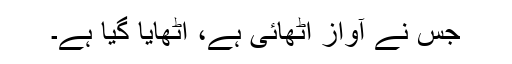
جس نے آواز اُٹھائی ہے، اُٹھایا گیا ہے۔